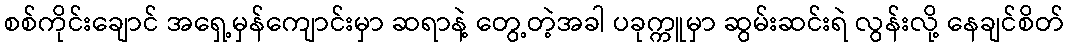
စစ်ကိုင်းချောင် အရှေ့မှန်ကျောင်းမှာ ဆရာနဲ့ တွေ့တဲ့အခါ ပခုက္ကူမှာ ဆွမ်းဆင်းရဲ လွန်းလို့ နေချင်စိတ်